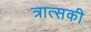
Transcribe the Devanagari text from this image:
त्रात्सकी